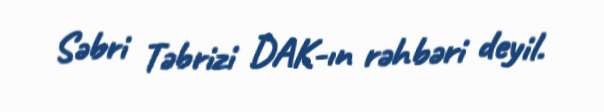
Səbri Təbrizi DAK-ın rəhbəri deyil.